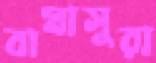
বাঘাসুরা